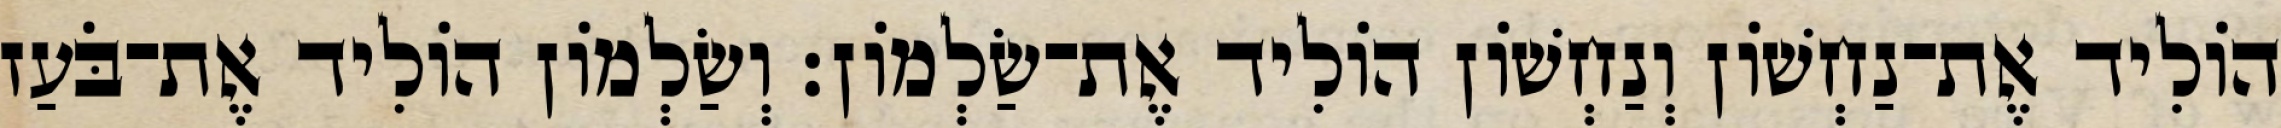
הוֹלִיד אֶת־נַחְשׁוֹן וְנַחְשׁוֹן הוֹלִיד אֶת־שַׂלְמוֹן׃ וְשַׂלְמוֹן הוֹלִיד אֶת־בֹּעַז